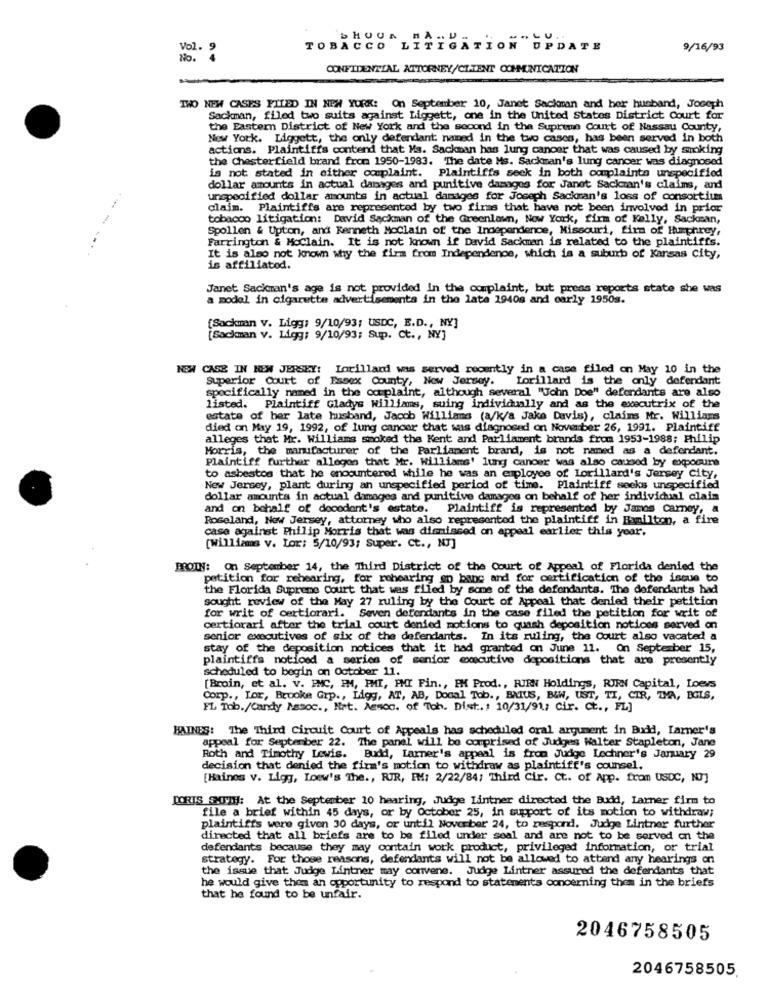
Vol. 9
9/16/93
No."
CONFIDENTIAL ATTORNEY/CLIENT COMMUNICATION
TWO NEW CASES FILED IN NEW YORK: On September 10, Janet Sackman and her husband, Joseph
Sackman, filed two suits against Liggett, one in the United States District Court for
the Eastern District of New York and the second in the Supreme Court of Nassau County,
New York. Liggett, the only defendant named in the two cases, has been served in both
actions. Plaintiffs contend that Ma. Sackman has lung cancer that was caused by smoking
the chesterfield brand from 1950-1983. The date Ms. Sackman's lung cancer was diagnosed
is not stated in either complaint. Plaintiffs seek in both complaints unspecified
dollar amounts in actual damages and punitive damages for Janet Sackman's claims, and
unspecified dollar amounts in actual damages for Joseph Sackman's loss of consortium
claim. Plaintiffs are represented by two firms that have not been involved in prior
tobacco litigation: David Sackman of the Greenlawn, New York, firm of Kelly, Sackman,
Spollen & Upton, and Kenneth MoClain of the Independence, Missouri, firm of Humphrey,
Farrington & MoClain. It is not known if David Sackman is related to the plaintiffs.
It is also not known why the firm from Independence, which is a suburb of Kansas City,
is affiliatod.
Janet Sackman's age is not provided in the complaint, but press reports state she was
a model in cigarette advertisements in the late 19408 and early 1950s.
[Sackman v. Ligg: 9/10/93: USDC, E.D ., NY]
[Sackman v. Ligg: 9/10/93; Sup. Ct ., NY]
NOW CASE IN NEW JERSEY: Lorilland was served recently in a case filed on May 10 in the
Superior Court of Essex County, New Jersey. Lorillard is the only defendant
specifically named in the complaint, although several "John Doe" defendants are also
listed. Plaintiff Gladys williams, suing individually and as the executrix of the
estate of her late husband, Jacob Williams (a/k/a Jake Davis), claims Mr. Williams
died on May 19, 1992, of lung cancer that was diagnosed on November 26, 1991. Plaintiff
alleges that Mr. Williams smoked the Kent and Parliament brands from 1953-1988; Philip
Morris, the manufacturer of the Parliament brand, is not named as a defendant.
Plaintiff further alleges that Mr. Williams' lung cancer was also caused by exposure
to asbestos that he encountered while he was an employee of Lorillard's Jersey city,
New Jersey, plant during an unspecified period of time. Plaintiff seeks unspecified
dollar amounts in actual damages and punitive damages on behalf of her individual claim
and on behalf of dooodont's estate. Plaintiff is represented by James carney, a
Roseland, New Jersey, attorney who also represented the plaintiff in Hamilton, a fire
case against Philip Morris that was dismissed on appeal earlier this year.
[williams v. Lor: 5/10/93; Super. Ct ., NJ]
BROTH: On September 14, the Third District of the Court of Appeal of Florida denied the
petition for rehearing, for rohearing en banc and for certification of the issue to
the Florida Supreme Court that was filed by some of the defendants. The defendants had
sought review of the May 27 ruling by the Court of Appeal that denied their petition
for writ of certiorari. Seven defendants in the case filed the petition for writ of
certiorari after the trial court denied motions to quash deposition notices served on
senior executives of six of the defendants. In its ruling, the Court also vacated a
stay of the deposition notices that it had granted on June 11. On September 15,
plaintiffs noticed a series of senior executive depositions that are presently
scheduled to begin on October 11.
[Broin, et al. v. PMC, IM, PMI, PMI Fin ., PM Prod ., RIEN Holdings, RIRN Capital, Loews
Corp ., Lor, Brooke Grp ., Ligg, AT, AB, Docal Tob ., BAIUS, B&W, UST, TI, CIR, TMA, BOIS,
FL Tob./Candy Nasoc ., Mrt. Aesoc. of Toh. Dist .: 10/31/91; Cir. ct ., FL]
HAINES: The Third Circuit Court of Appeals has scheduled oral argument in Budd, Larner's
appeal for September 22. The panel will be comprised of Judges Walter Stapleton, Jane
Roth and Timothy Lewis. Budd, Larmer's appeal is from Judge Lechner's January 29
decision that denied the firm's motion to withdraw as plaintiff's counsel.
[Haines v. Ligg, Loew's The ., RIR, EM: 2/22/84; Third Cir. Ct. of App. from USDC, NJ]
PORTS SITE: At the September 10 hearing, Judge Lintner directed the Budd, Larner firm to
file a brief within 45 days, or by October 25, in support of its motion to withdraw;
plaintiffs were given 30 days, or until November 24, to respond. Judge Lintner further
directed that all briefs are to be filed under seal and are not to be served on the
defendants because they may contain work product, privileged information, or trial
strategy. For those reasons, defendants will not be allowed to attend any hearings on
the issue that Judge Lintner may convene. Judge Lintner assured the defendants that
he would give them an opportunity to respond to statements concerning them in the briefs
that he found to be unfair.
2046758505
2046758505.